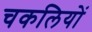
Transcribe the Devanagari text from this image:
चकलियों